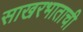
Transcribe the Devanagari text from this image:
साखरभाताची